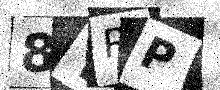
Text: 8YRP